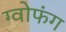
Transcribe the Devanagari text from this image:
ग्वोफंग